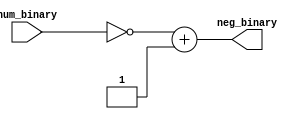
module neg (input wire [31:0] num_binary, output wire [31:0] neg_binary);

	assign neg_binary = (~num_binary)+1;

endmodule